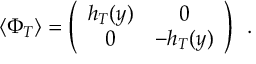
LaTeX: \langle \Phi _ { T } \rangle = \left( \begin{array} { c c } { { h _ { T } ( y ) } } & { { 0 } } \\ { { 0 } } & { { - h _ { T } ( y ) } } \end{array} \right) \ \, .